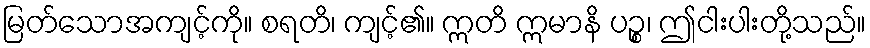
မြတ်သောအကျင့်ကို။ စရတိ၊ ကျင့်၏။ ဣတိ ဣမာနိ ပဉ္စ၊ ဤငါးပါးတို့သည်။